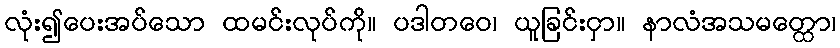
လုံး၍ပေးအပ်သော ထမင်းလုပ်ကို။ ပဒါတဝေ၊ ယူခြင်းငှာ။ နာလံအသမတ္ထော၊